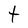
Character: t